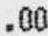
.00